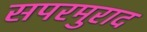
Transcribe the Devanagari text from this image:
सपरमुराद